Source: Handwritten
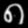
Digit: ၈ (8)